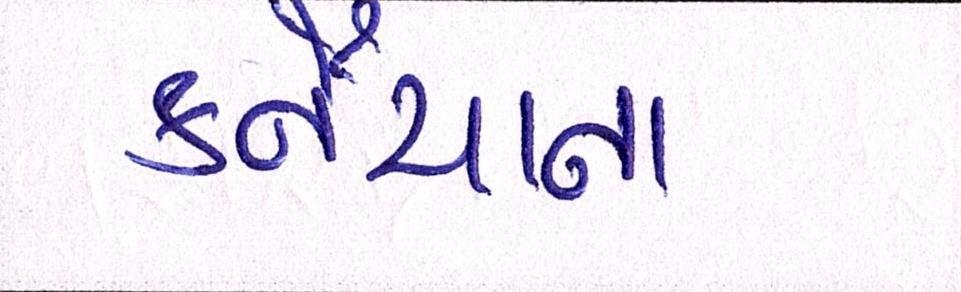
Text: કનૈયાના